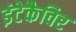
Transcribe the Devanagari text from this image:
इंटेकैविर